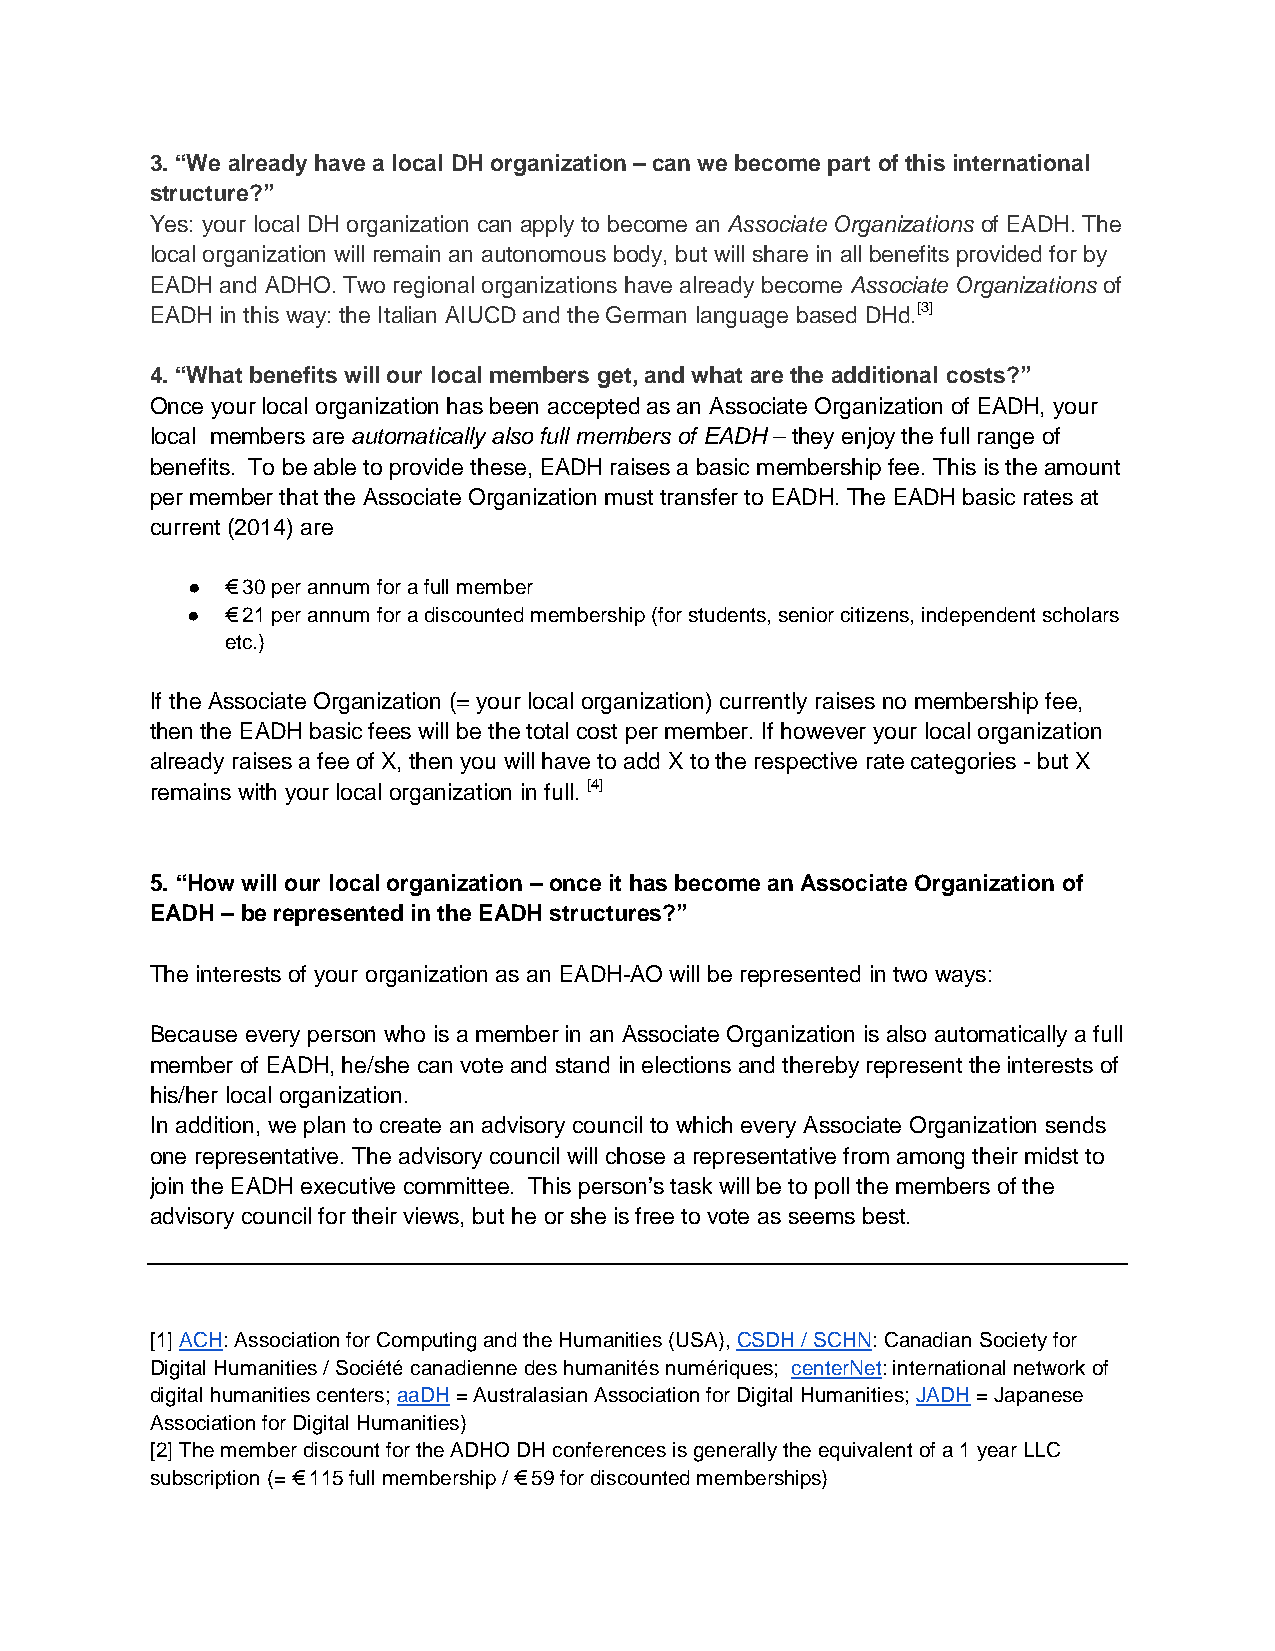
3. “We already have a local DH organization – can we become part of this international
 structure?”
 Yes: your local DH organization can apply to become an Associate Organizations of EADH. The
 local organization will remain an autonomous body, but will share in all benefits provided for by
 EADH and ADHO. Two regional organizations have already become Associate Organizations of
 EADH in this way: the Italian AIUCD and the German language based DHd.[3]
 4. “What benefits will our local members get, and what are the additional costs?”
 Once your local organization has been accepted as an Associate Organization of EADH, your
 local members are automatically also full members of EADH – they enjoy the full range of
 benefits. To be able to provide these, EADH raises a basic membership fee. This is the amount
 per member that the Associate Organization must transfer to EADH. The EADH basic rates at
 current (2014) are
 ●  € 30 per annum for a full member
 ●  € 21 per annum for a discounted membership (for students, senior citizens, independent scholars
 etc.)
 If the Associate Organization (= your local organization) currently raises no membership fee,
 then the EADH basic fees will be the total cost per member. If however your local organization
 already raises a fee of X, then you will have to add X to the respective rate categories - but X
 remains with your local organization in full. [4]
 5. “How will our local organization – once it has become an Associate Organization of
 EADH – be represented in the EADH structures?”
 The interests of your organization as an EADH-AO will be represented in two ways:
 Because every person who is a member in an Associate Organization is also automatically a full
 member of EADH, he/she can vote and stand in elections and thereby represent the interests of
 his/her local organization.
 In addition, we plan to create an advisory council to which every Associate Organization sends
 one representative. The advisory council will chose a representative from among their midst to
 join the EADH executive committee. This person’s task will be to poll the members of the
 advisory council for their views, but he or she is free to vote as seems best.
 [1] ACH: Association for Computing and the Humanities (USA), CSDH / SCHN: Canadian Society for
 Digital Humanities / Société canadienne des humanités numériques; centerNet: international network of
 digital humanities centers; aaDH = Australasian Association for Digital Humanities; JADH = Japanese
 Association for Digital Humanities)
 [2] The member discount for the ADHO DH conferences is generally the equivalent of a 1 year LLC
 subscription (= € 115 full membership / € 59 for discounted memberships)